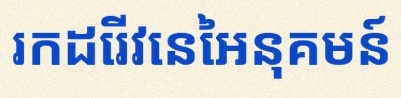
រកដេរីវេនៃអនុគមន៍